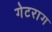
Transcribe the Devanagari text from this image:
गेटराग